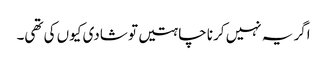
اگر یہ نہیں کرنا چاہتیں تو شادی کیوں کی تھی۔